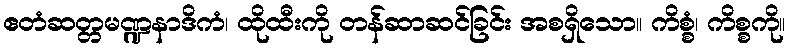
ဧတံဆတ္တမဏ္ဍနာဒိကံ၊ ထိုထီးကို တန်ဆာဆင်ခြင်း အစရှိသော။ ကိစ္စံ၊ ကိစ္စကို။